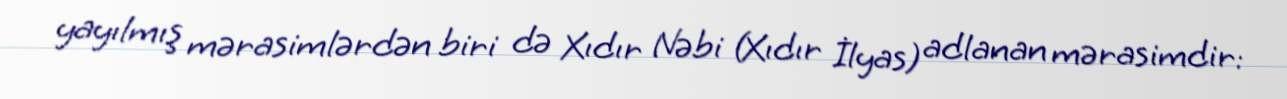
yayılmış mərasimlərdən biri də Xıdır Nəbi (Xıdır İlyas) adlanan mərasimdir: